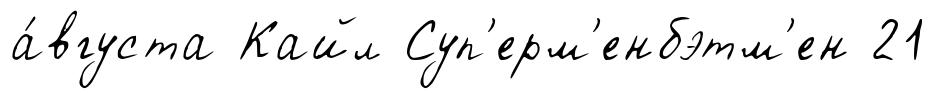
а́вгуста Кайл Суп'ерм'енбэтм'ен 21